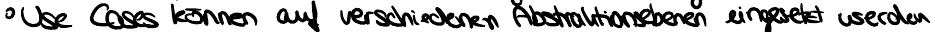
Use Cases können auf verschiedenen Abstraktionsebenen eingesetzt werden